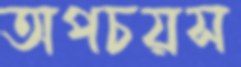
অপচয়স